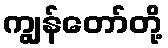
ကျွန်တော်တို့